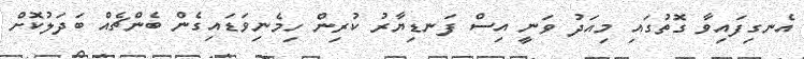
އެނގިފައިވާ ގޮތުގައި މިއަދު ވަނީ އިސް ފަނޑިޔާރު ކުރިން ހިމެނިވަޑައިގެން ބެންޗެއް ބަދަލުކޮށް